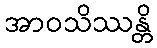
အာဝသိဿန္တိ